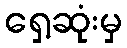
ရှေ့ဆုံးမှ